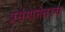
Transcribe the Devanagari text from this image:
प्रसंगानंतरच